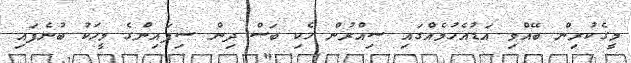
މީގެކުރިން ބޭއްވި އަޑުއެހުމެއްގައި ސިއްރުން ހެކި ބަސް ދިން ސިފައިންގެ މީހަކު ބުނެފައި